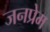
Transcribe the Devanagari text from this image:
जनप्रेम